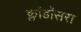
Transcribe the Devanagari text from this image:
क्लॉडॉसरा